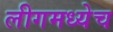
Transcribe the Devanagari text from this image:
लीगमध्येच